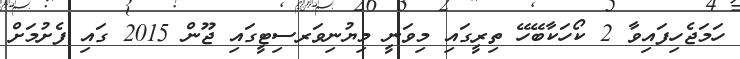
ހަމަޖެހިފައިވާ 2 ކޯހަކާބޭހޭ ތިރީގައި މިވަނީ މިޔުނިވަރސިޓީގައި ޖޫން 2015 ގައި ފެށުމަށް